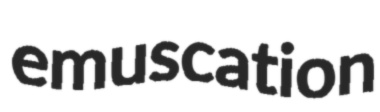
emuscation